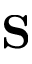
\mathbf { S }